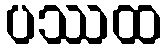
ပဿထ